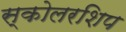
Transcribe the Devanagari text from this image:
स्कोलरशिप